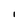
Character: I